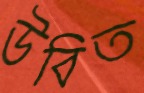
উবিত